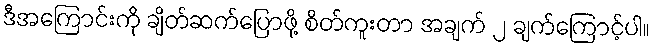
ဒီအကြောင်းကို ချိတ်ဆက်ပြောဖို့ စိတ်ကူးတာ အချက် ၂ ချက်ကြောင့်ပါ။